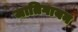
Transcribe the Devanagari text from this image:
जातिगायन